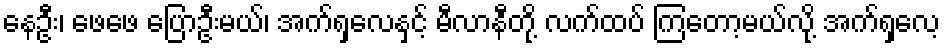
နေဦး၊ ဖေဖေ ပြောဦးမယ်၊ အက်ရှလေနှင့် မီလာနီတို့ လက်ထပ် ကြတော့မယ်လို့ အက်ရှလေ့